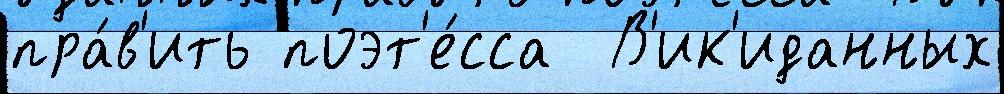
пра́в'ить поэт'е́сса  В'ик'иданных